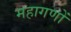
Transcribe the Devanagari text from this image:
महागणों